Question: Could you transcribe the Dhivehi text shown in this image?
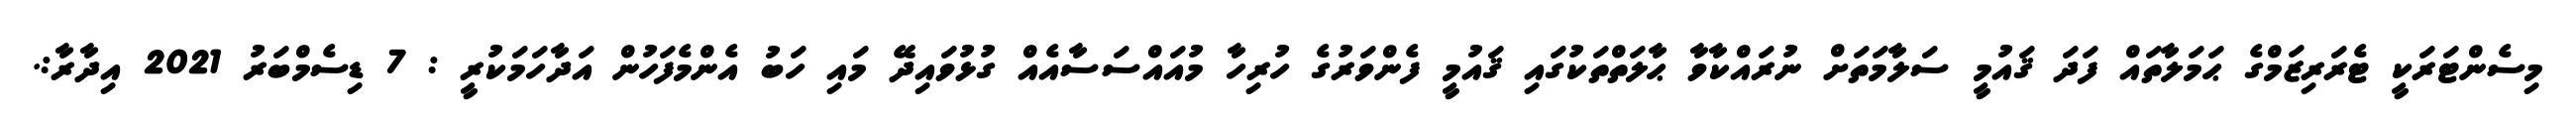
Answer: މިސެންޓަރަކީ ޓެރަރިޒަމްގެ ޙަމަލާތައް ފަދަ ޤައުމީ ސަލާމަތަށް ނުރައްކާވާ ޙާލަތްތަކުގައި ޤައުމީ ފެންވަރުގެ ހުރިހާ މުއައްސަސާއެއް ގުޅުވައިދޭ މައި ހަބު އެންމެފަހުން އަދާހަމަކުރީ : 7 ޑިސެމްބަރު 2021 އިދާރާ:.